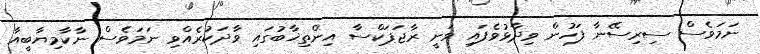
ނަމަވެސް ސިރިސޭނާ ފަހުން ވިދާޅުވެފައި ވަނީ ރާޖަޕަކްސާ އިންތިޚާބުގައި ވާދަކުރެއްވި ނަމަވެސް ނާކާމިޔާބީއާ